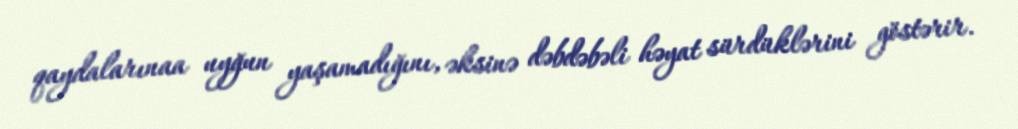
qaydalarınaa uyğun yaşamadığını, əksinə dəbdəbəli həyat sürdüklərini göstərir.